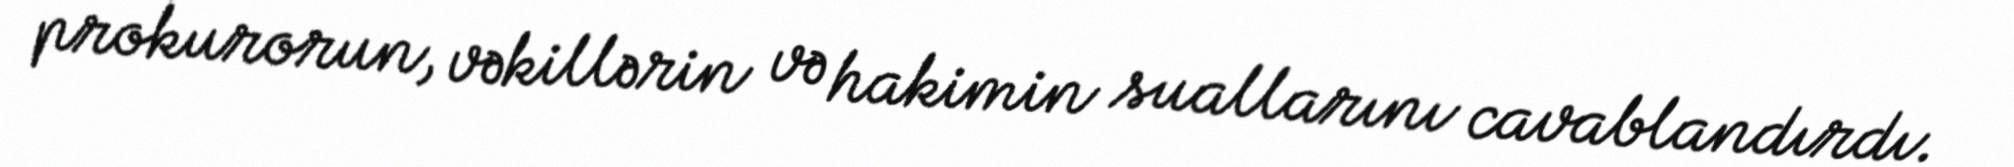
prokurorun, vəkillərin və hakimin suallarını cavablandırdı.